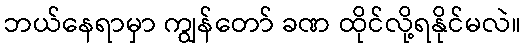
ဘယ်နေရာမှာ ကျွန်တော် ခဏ ထိုင်လို့ရနိုင်မလဲ။